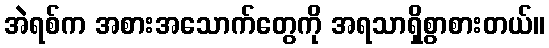
အဲရစ်က အစားအသောက်တွေကို အရသာရှိစွာစားတယ်။